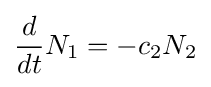
{\frac {d}{dt}}N_{1}=-c_{2}N_{2}